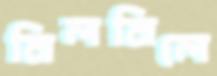
মিলমিলে